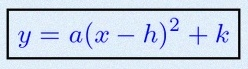
y=a(x-h)^2+k